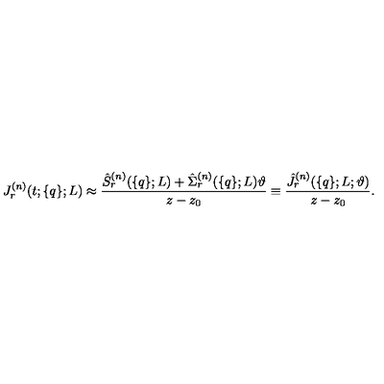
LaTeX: J _ { r } ^ { ( n ) } ( t ; \{ q \} ; L ) \approx \frac { \hat { S } _ { r } ^ { ( n ) } ( \{ q \} ; L ) + \hat { \Sigma } _ { r } ^ { ( n ) } ( \{ q \} ; L ) \vartheta } { z - z _ { 0 } } \equiv \frac { \hat { J } _ { r } ^ { ( n ) } ( \{ q \} ; L ; \vartheta ) } { z - z _ { 0 } } .